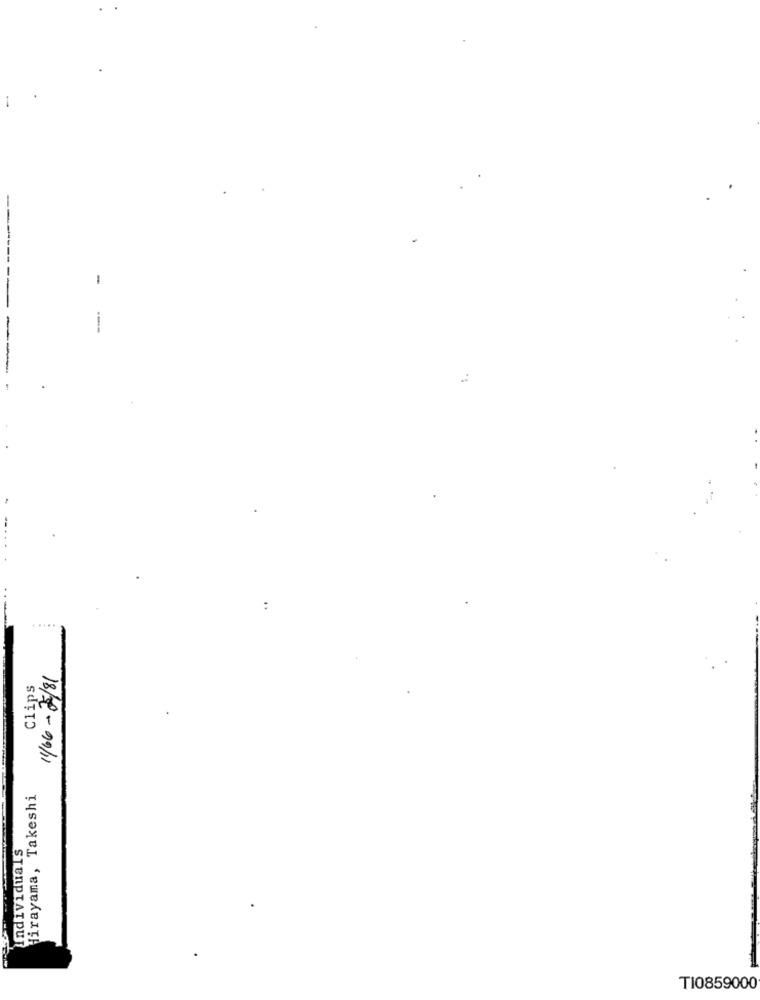
-
---------
---
11/6 - 2/81
Clips
Hirayama, Takeshi
TI0859000